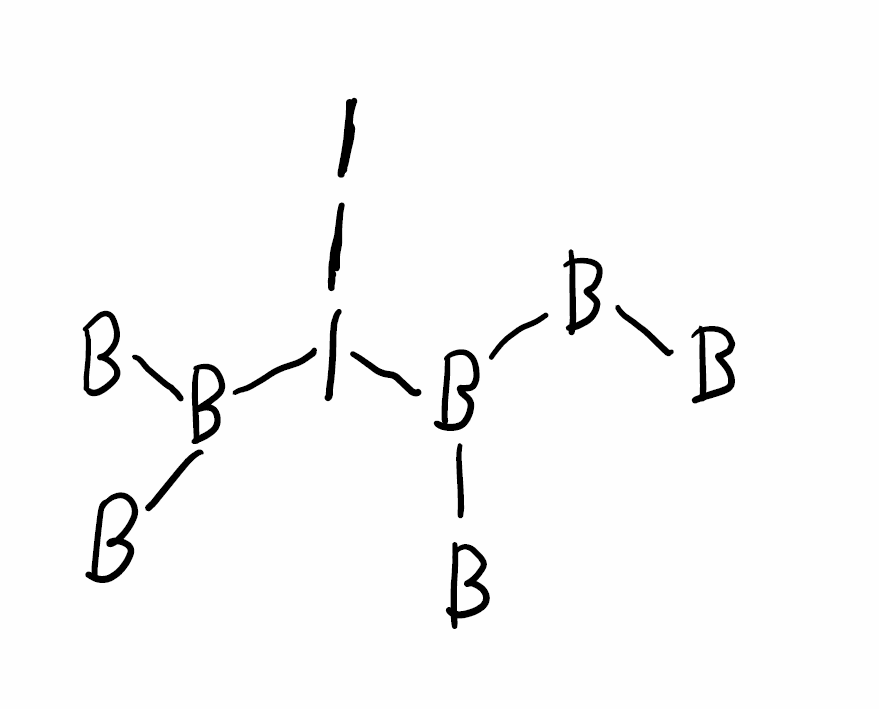
Simplified molecular-input line-entry system (SMILES) notation of the given molecule:
[B][B]B([B])I(B([B])[B])I